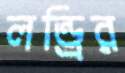
লন্ড্রির